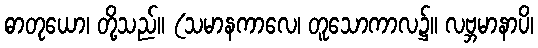
ဓာတုယော၊ တို့သည်။ (သမာနကာလေ၊ တူသောကာလ၌။ လဗ္ဘမာနာပိ၊